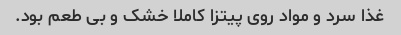
غذا سرد و مواد روی پیتزا کاملا خشک و بی طعم بود.